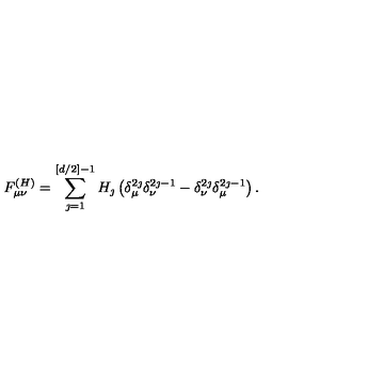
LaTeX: F _ { \mu \nu } ^ { ( H ) } = \sum _ { \jmath = 1 } ^ { [ d / 2 ] - 1 } H _ { \jmath } \left( \delta _ { \mu } ^ { 2 \jmath } \delta _ { \nu } ^ { 2 \jmath - 1 } - \delta _ { \nu } ^ { 2 \jmath } \delta _ { \mu } ^ { 2 \jmath - 1 } \right) .